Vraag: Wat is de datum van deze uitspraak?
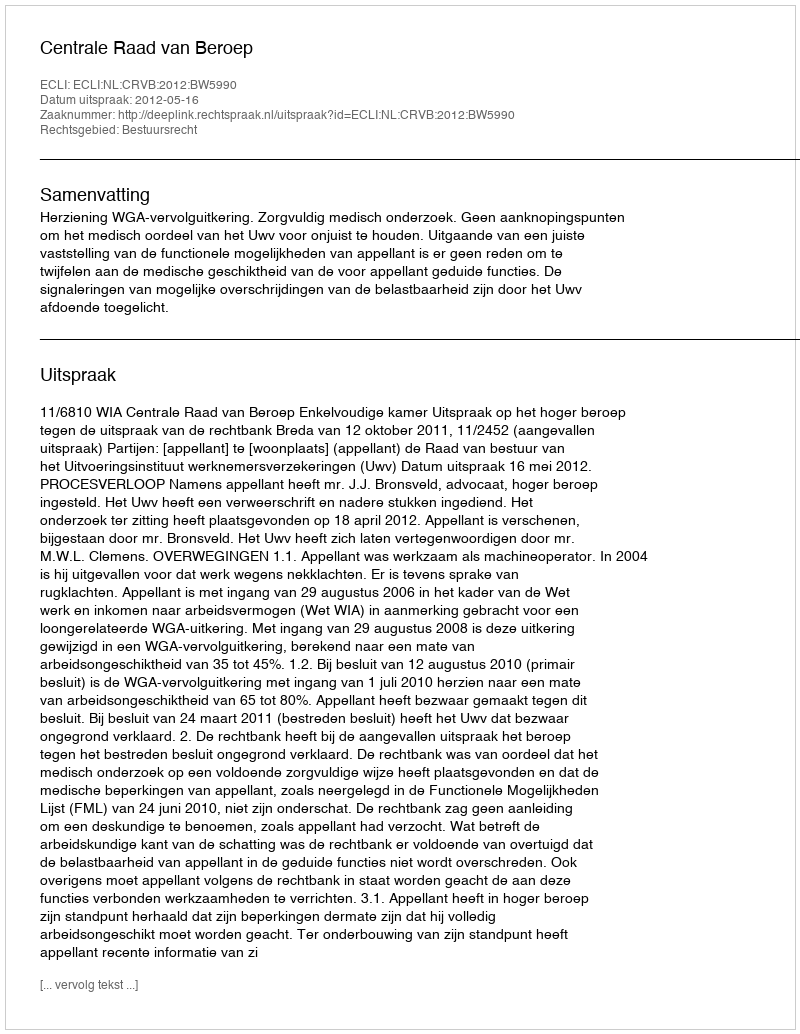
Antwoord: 2012-05-16